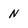
Character: N